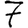
Digit: 7